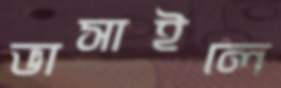
ভাসাইলে